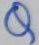
Text: Q